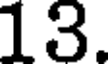
13.